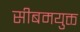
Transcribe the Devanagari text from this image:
सीबमयुक्त